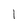
Character: 1